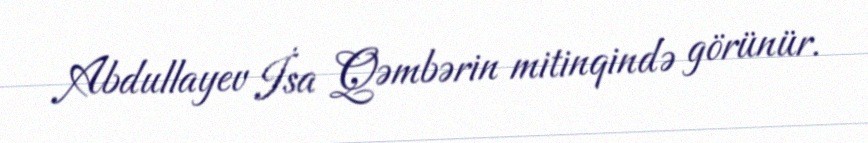
Abdullayev İsa Qəmbərin mitinqində görünür.